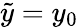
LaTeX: \tilde{y}=y_{0}